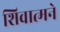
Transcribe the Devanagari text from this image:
शिवात्मने